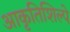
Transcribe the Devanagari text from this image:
आकृतिशिल्पे